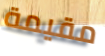
مقيمة